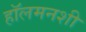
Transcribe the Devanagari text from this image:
हॉलमनशी